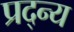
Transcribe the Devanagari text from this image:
प्रद्न्य